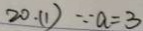
2 0 . ( 1 ) \because a = 3